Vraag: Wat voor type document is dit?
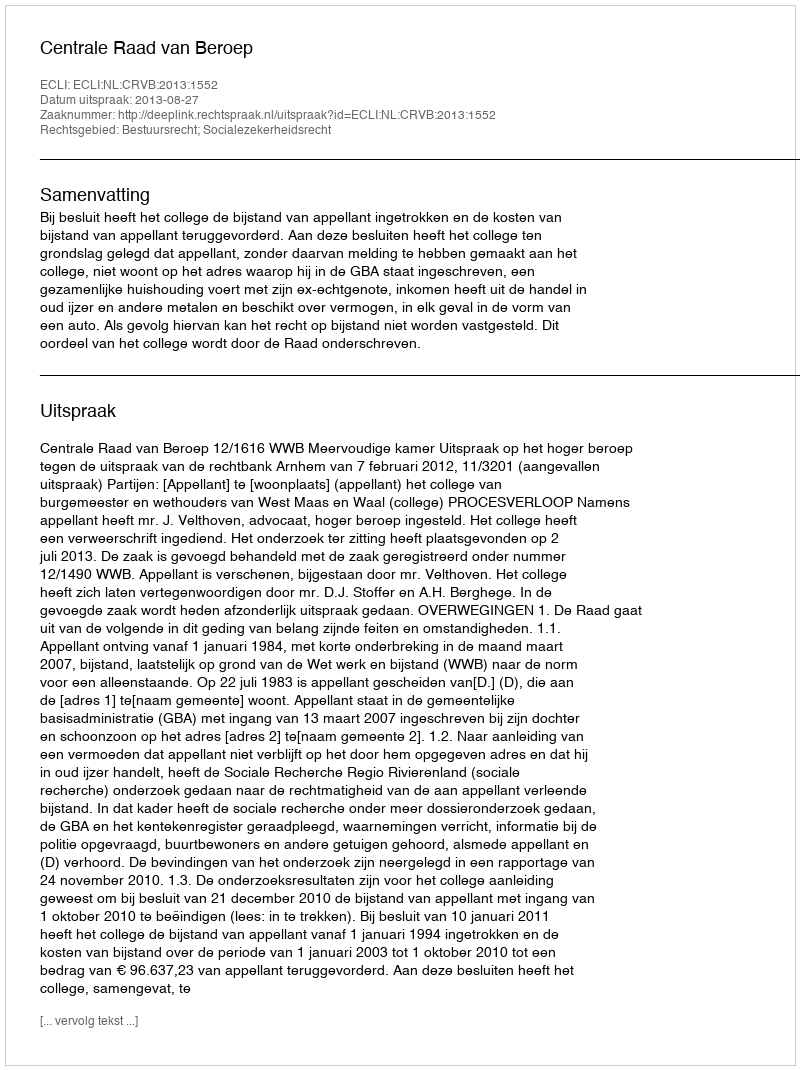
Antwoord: Uitspraak